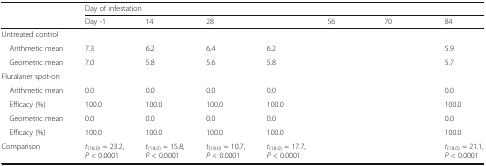
<table><thead><tr><td rowspan="2">[EMPTY_CELL]</td><td colspan="7"><b>Day of infestation</b></td></tr><tr><td><b>Day -1</b></td><td><b>14</b></td><td><b>28</b></td><td>[EMPTY_CELL]</td><td><b>56</b></td><td><b>70</b></td><td><b>84</b></td></tr></thead><tbody><tr><td colspan="8">Untreated control</td></tr><tr><td> Arithmetic mean</td><td>7.3</td><td>6.2</td><td>6.4</td><td>6.2</td><td>[EMPTY_CELL]</td><td>[EMPTY_CELL]</td><td>5.9</td></tr><tr><td> Geometric mean</td><td>7.0</td><td>5.8</td><td>5.6</td><td>5.8</td><td>[EMPTY_CELL]</td><td>[EMPTY_CELL]</td><td>5.7</td></tr><tr><td colspan="8">Fluralaner spot-on</td></tr><tr><td> Arithmetic mean</td><td>0.0</td><td>0.0</td><td>0.0</td><td>0.0</td><td>[EMPTY_CELL]</td><td>[EMPTY_CELL]</td><td>0.0</td></tr><tr><td> Efficacy (%)</td><td>100.0</td><td>100.0</td><td>100.0</td><td>100.0</td><td>[EMPTY_CELL]</td><td>[EMPTY_CELL]</td><td>100.0</td></tr><tr><td> Geometric mean</td><td>0.0</td><td>0.0</td><td>0.0</td><td>0.0</td><td>[EMPTY_CELL]</td><td>[EMPTY_CELL]</td><td>0.0</td></tr><tr><td> Efficacy (%)</td><td>100.0</td><td>100.0</td><td>100.0</td><td>100.0</td><td>[EMPTY_CELL]</td><td>[EMPTY_CELL]</td><td>100.0</td></tr><tr><td>Comparison</td><td><i>t</i><sub>(18.0)</sub> = 23.2, <i>P</i> &lt; 0.0001</td><td><i>t</i><sub>(18.0)</sub> = 15.8, <i>P</i> &lt; 0.0001</td><td><i>t</i><sub>(18.0)</sub> = 10.7, <i>P</i> &lt; 0.0001</td><td><i>t</i><sub>(18.0)</sub> = 17.7, <i>P</i> &lt; 0.0001</td><td>[EMPTY_CELL]</td><td>[EMPTY_CELL]</td><td><i>t</i><sub>(18.0)</sub> = 21.1, <i>P</i> &lt; 0.0001</td></tr></tbody></table>